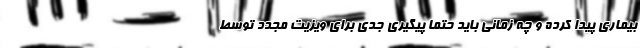
بیماری پیدا کرده و چه زمانی باید حتما پیگیری جدی برای ویزیت مجدد توسط